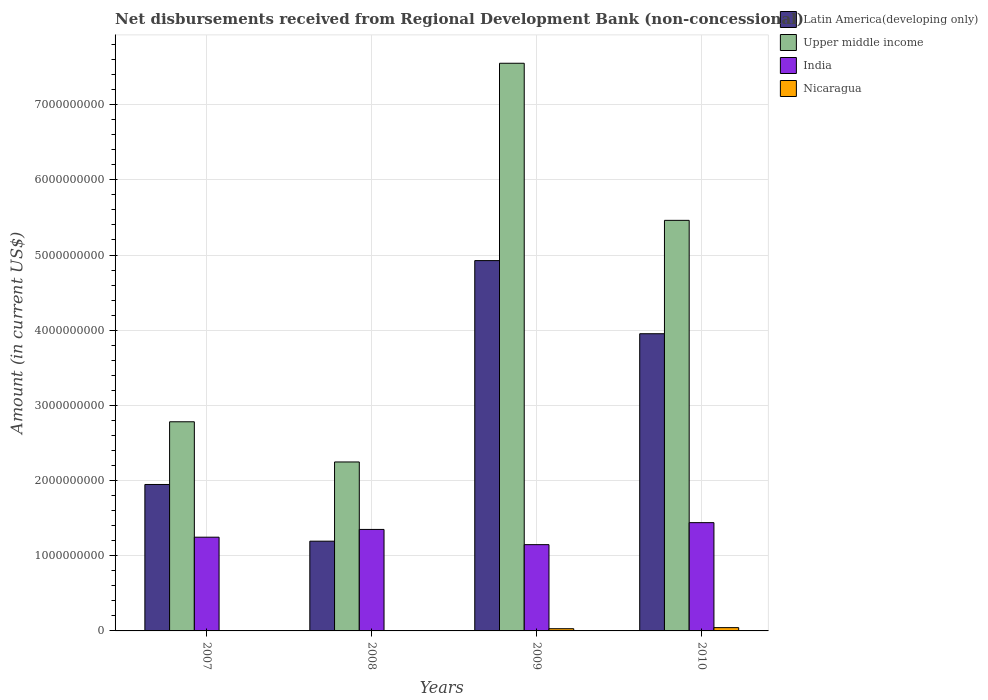
| Years | Latin America(developing only) | Upper middle income | India | Nicaragua |
 | --- | --- | --- | --- | --- |
 | 2007 | 1.95e+09 | 2.78e+09 | 1.25e+09 | -9.37e+06 |
 | 2008 | 1.19e+09 | 2.25e+09 | 1.35e+09 | -6.08e+06 |
 | 2009 | 4.93e+09 | 7.55e+09 | 1.15e+09 | 2.95e+07 |
 | 2010 | 3.95e+09 | 5.46e+09 | 1.44e+09 | 4.37e+07 |